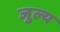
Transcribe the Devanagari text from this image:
जुल्य